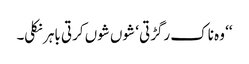
‘‘ وہ ناک رگڑتی ‘ شوں شوں کرتی باہر نکلی۔